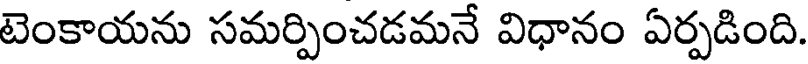
టెంకాయను సమర్పించడమనే విధానం ఏర్పడింది.